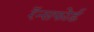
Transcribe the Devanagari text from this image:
रॅन्सफोर्ड